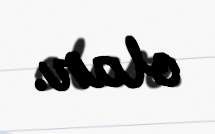
olar.